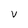
Character: V